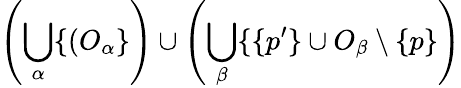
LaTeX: \left(\bigcup_{\alpha}\{ (O_{\alpha}\} \right)\cup\left(\bigcup_{\beta}\{ \{ p^{\prime}\} \cup O_{\beta}\setminus\{ p\} \right)